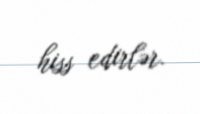
hiss edirlər.